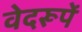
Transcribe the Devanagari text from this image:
वेदरूपें